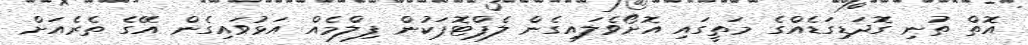
އޮތް ތުނި ގޮދަޑިގަޑެއްގެ މަތީގައި އޮށޯވެލައިގެން ލެޕްޓޮޕަކުން ފިލްމެއް އަޅުވައިގެން އޭގެ ތެރެއަށް